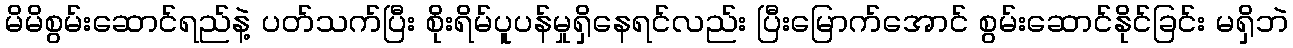
မိမိစွမ်းဆောင်ရည်နဲ့ ပတ်သက်ပြီး စိုးရိမ်ပူပန်မှုရှိနေရင်လည်း ပြီးမြောက်အောင် စွမ်းဆောင်နိုင်ခြင်း မရှိဘဲ